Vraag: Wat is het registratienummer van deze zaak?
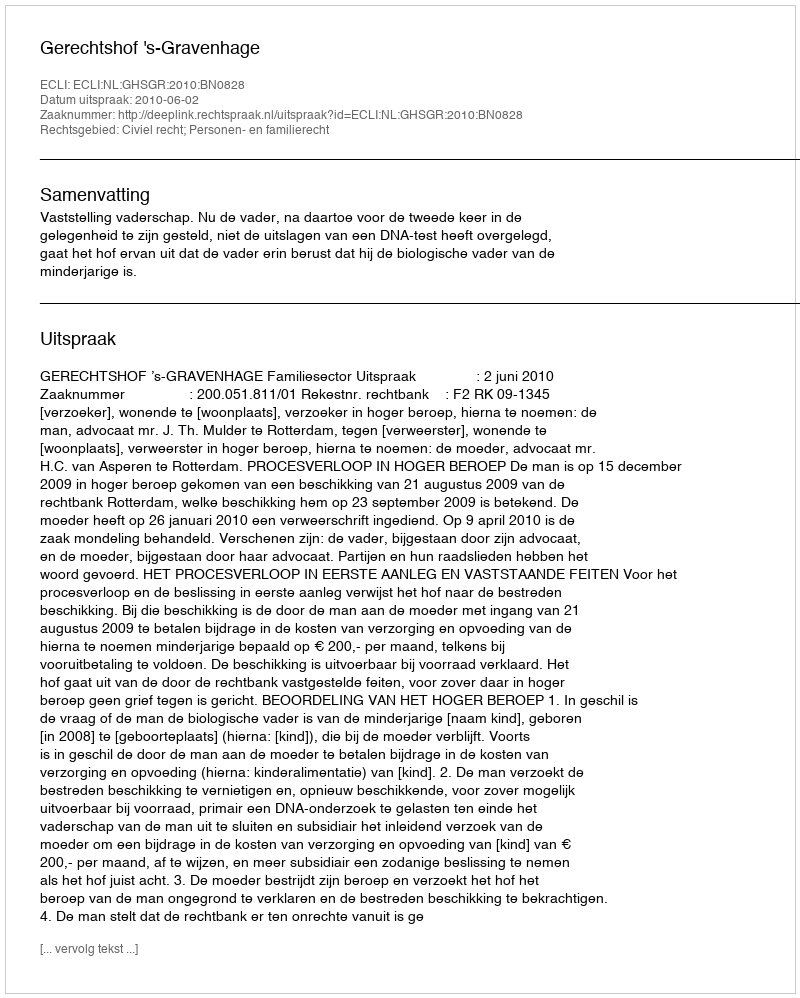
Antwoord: http://deeplink.rechtspraak.nl/uitspraak?id=ECLI:NL:GHSGR:2010:BN0828